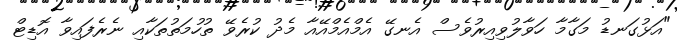
"އަޅުގަނޑު މަގާމާ ހަވާލުވިއިރުވެސް އެނގޭ އެމްއެމްއޭއާ މެދު ކުރެވޭ ތުހުމަތުތަކާއި ނެރެފައިވާ އޮޑިޓް